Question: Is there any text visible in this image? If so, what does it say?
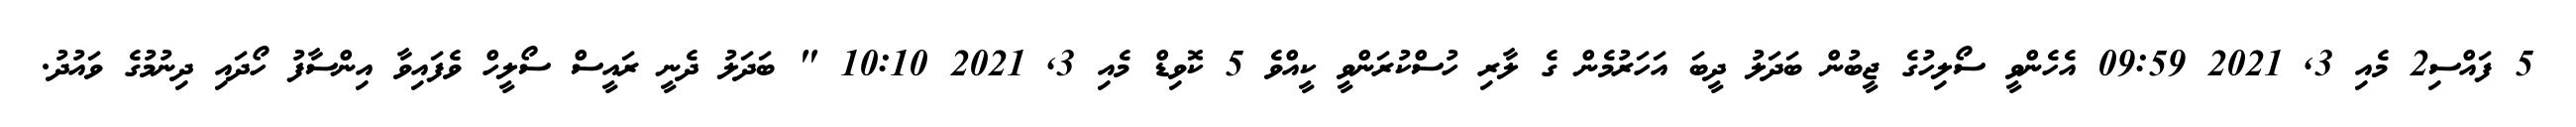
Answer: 5 ފައްސި2 މެއި 3, 2021 09:59 އެހެންވީ ސޯލިހުގެ ޖީބުން ބަދަލު ދީބަ އަހަރުމެން ގެ ލާރި ހުސްކުރަންވީ ކީއްވެ 5 ކޮވިޑް މެއި 3, 2021 10:10 " ބަދަލު ދެނީ ރައީސް ސޯލީހް ވެފައިވާ އިންސާފު ހޯދައި ދިނުމުގެ ވައުދު.